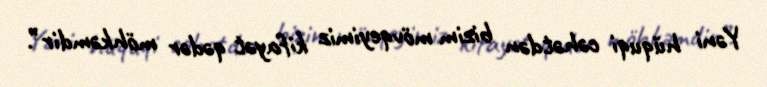
Yəni hüquqi cəhətdən bizim mövqeyimiz kifayət qədər möhkəmdir”.